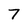
Character: 7